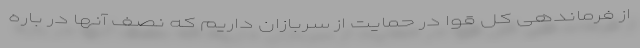
از فرماندهی کل قوا در حمایت از سربازان داریم که نصف آنها در باره